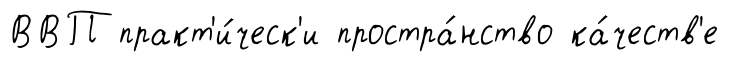
ВВП практ'и́ческ'и простра́нство ка́честв'е